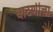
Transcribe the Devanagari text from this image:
धाटणीचा